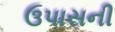
ઉપાસની